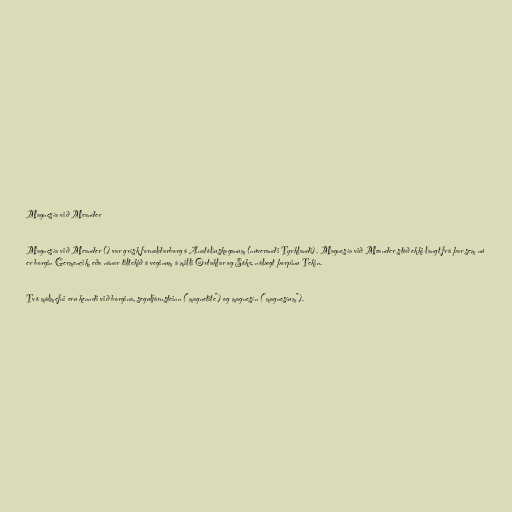
Magnesía við Meander

Magnesía við Meander () var grísk fornaldarborg á Anatólíuskaganum (núverandi Tyrklandi). Magnesía við Meander stóð ekki langt frá þar sem nú
er borgin Germencik, eða nánar tiltekið á veginum á milli Ortaklar og Söke, nálægt þorpinu Tekin.

Tvö málmefni eru kenndi við borgina, seguljárnsteinn ("magnetite") og magnesín ("magnesíum").